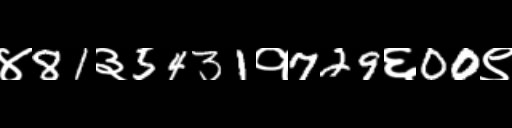
Text: ४81३5431१729६00९